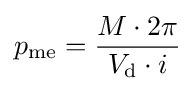
p_{\text{me}}={{M\cdot 2\pi } \over {V_{\text{d}}\cdot i}}